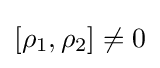
[\rho _{1},\rho _{2}]\neq 0